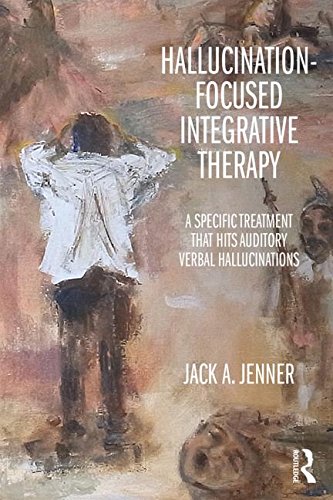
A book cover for Hallucination-focused Integrative Therapy: A Specific Treatment that Hits Auditory Verbal Hallucinations; Jack A. Jenner; Medical Books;